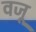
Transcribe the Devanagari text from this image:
वजू